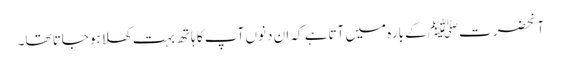
آنحضرتﷺ کے بارہ میں آتاہے کہ ان دنوں آپ کا ہاتھ بہت کھلا ہوجاتا تھا۔